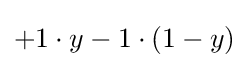
+1\cdot y-1\cdot (1-y)